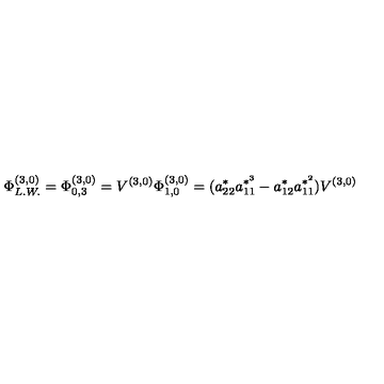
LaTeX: \Phi _ { L . W . } ^ { ( 3 , 0 ) } = \Phi _ { 0 , 3 } ^ { ( 3 , 0 ) } = V ^ { ( 3 , 0 ) } \Phi _ { 1 , 0 } ^ { ( 3 , 0 ) } = ( a _ { 2 2 } ^ { * } a _ { 1 1 } ^ { * ^ { 3 } } - a _ { 1 2 } ^ { * } a _ { 1 1 } ^ { * ^ { 2 } } ) V ^ { ( 3 , 0 ) }